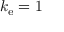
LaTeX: k _ { \mathrm { e } } = 1